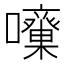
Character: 𡅓